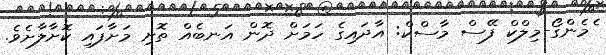
ެމެންގޯ-މިލްކް ފޭސް މާސްކް: އާދައިގެ ހަމަށް ދޮން އަނބެއް ތޮށި މަށާފައި ކޮށާލާށެވެ.